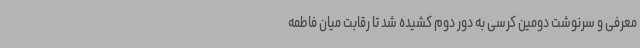
معرفی و سرنوشت دومین کرسی به دور دوم کشیده شد تا رقابت میان فاطمه